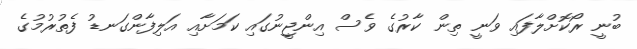
ބުނީ ރޯކޮށްލާފައި ވަނީ ތިން ކާރުގެ ވެސް އިންޖީނުގައި ކަމަށާއި އަލިފާންގަނޑު ފެތުރުމުގެ